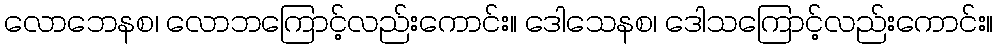
လောဘေနစ၊ လောဘကြောင့်လည်းကောင်း။ ဒေါသေနစ၊ ဒေါသကြောင့်လည်းကောင်း။